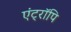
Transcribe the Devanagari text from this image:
एंट्रॉपि